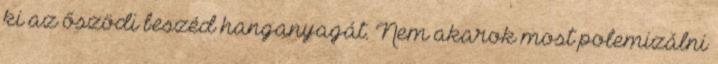
ki az őszödi beszéd hanganyagát. Nem akarok most polemizálni